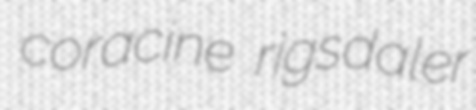
coracine rigsdaler